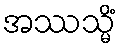
အဿသ္မိံ